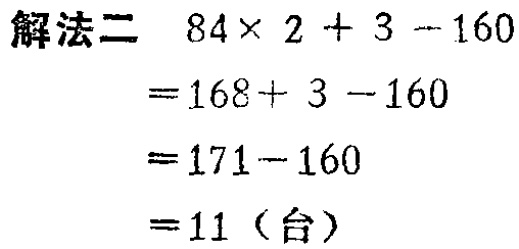
解法二 \(84\times 2 + 3 - 160\)
\(=168 + 3 - 160\)
\(=171 - 160\)
\(=11\)（台）